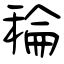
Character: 稐